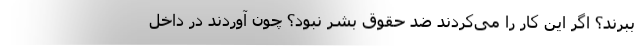
ببرند؟ اگر این کار را می‌کردند ضد حقوق بشر نبود؟ چون آوردند در داخل